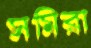
সমিরা